Leningradi_Edasi_toimetus, lk 91
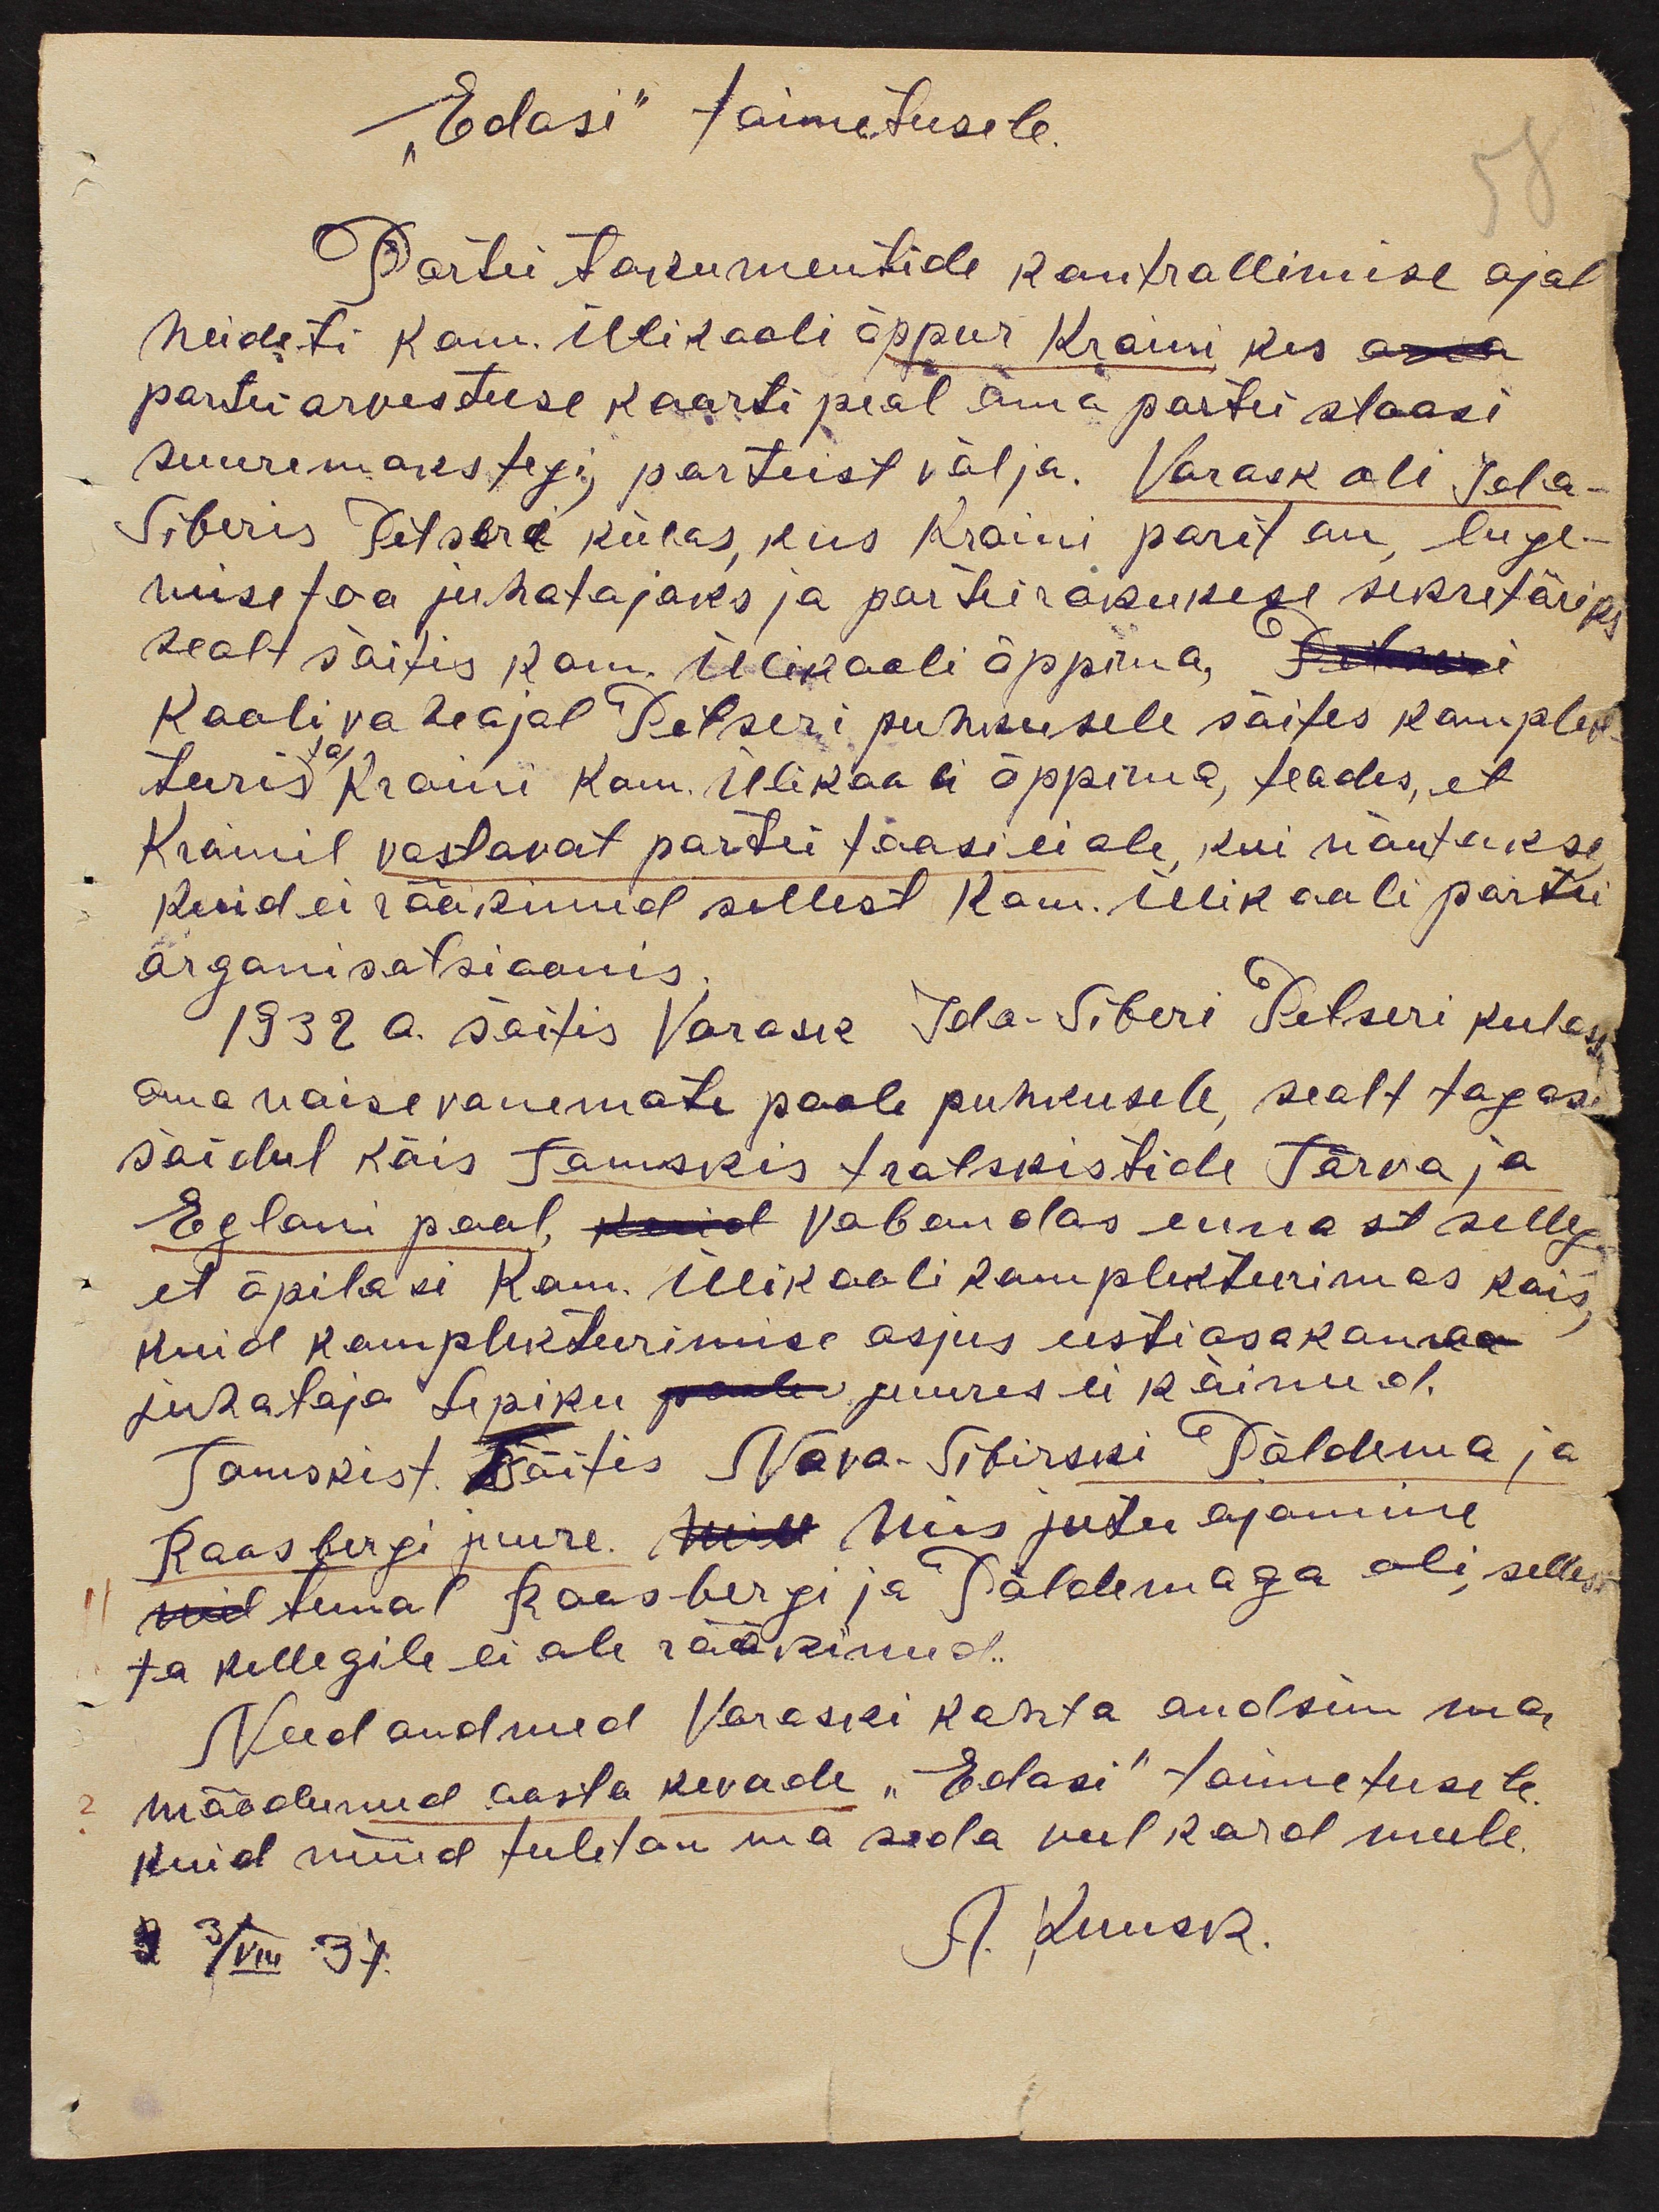
"Edasi" taimetusele.
58
Partei tokumentide kontrollimise ajal
heideti Kom. Ülikooli õppur Kraini kes
partei arvestuse kaarti peal oma partei staasi
suuremaks tegi, parteist välja. Varask oli Ida-
Siberis Petseri külas, kus Kraini parit on, luge-
mise toa juhatajaks ja parteirakukese sekretäriks.
sealt sõitis Kom. Ülikooli õppima,
Koolivaheajal Petseri puhkusele sõites komplek
teeris ta Kraini Kom. Ülikooli õppima, teades, et
Krainil vastavat partei faasi ei ole, kui nõutakse
Kuid ei rääkinud sellest Kom. Ülikooli partei
organisatsioonis.
1932 a. sõitis Varask Ida-Siberi Petseri kulasse
oma naise vanemate poole puhkusele, sealt tagasi
sõidul käis Tomskis trotskistide Tärva ja
Egloni pool, kuid vabandas ennast sellega
et õpilasi Kom. Ülikooli komplekteerimas käis
kuid komplekteerimise asjus eesti osakonna
juhataja Lepiku  juures ei käinud.
Tomskist sõitis Novova-Sibirski Põldema ja
Raasbergi juure. Mis jutu ajamine
temal Raasbergi ja Põldemaga oli, sellest
ta kellegile ei ole rääkinud.
Need andmed Varaski kohta andsin ma
möödunud aasta kevade "Edasi" toimetusele
kuid nüüd tuletan ma seda veel kord meele.
2 3/VIII 37.
A. Kuusk.